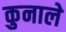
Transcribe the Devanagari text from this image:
कुनाले